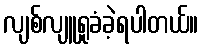
လျစ်လျူရှုခံခဲ့ရပါတယ်။